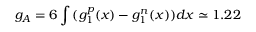
g _ { A } = 6 \int { ( g _ { 1 } ^ { p } ( x ) - g _ { 1 } ^ { n } ( x ) ) d x } \simeq 1 . 2 2